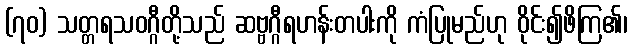
(၇၀) သတ္တရသဝဂ္ဂီတို့သည် ဆဗ္ဗဂ္ဂီရဟန်းတပါးကို ကံပြုမည်ဟု ဝိုင်း၍ဖိကြ၏၊